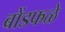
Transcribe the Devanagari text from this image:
बोंडफळे